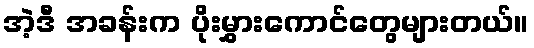
အဲ့ဒီ အခန်းက ပိုးမွှားကောင်တွေများတယ်။